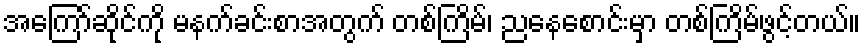
အကြော်ဆိုင်ကို မနက်ခင်းစာအတွက် တစ်ကြိမ်၊ ညနေစောင်းမှာ တစ်ကြိမ်ဖွင့်တယ်။